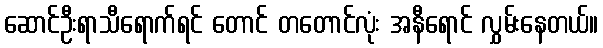
ဆောင်ဦးရာသီရောက်ရင် တောင် တတောင်လုံး အနီရောင် လွှမ်းနေတယ်။